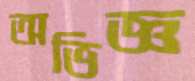
অভিজ্ঞ